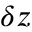
\delta z